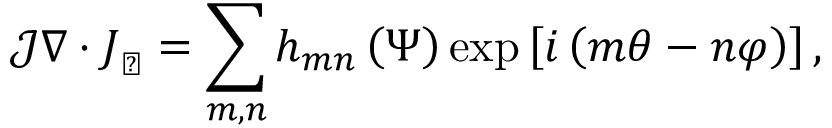
\mathcal { J } \nabla \cdot \boldsymbol { J } _ { \perp } = \sum _ { m , n } h _ { m n } \left( \Psi \right) \exp \left[ i \left( m \theta - n \varphi \right) \right] ,